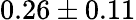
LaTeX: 0.26\pm 0.11